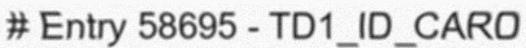
# Entry 58695 - TD1_ID_CARD